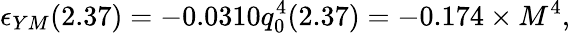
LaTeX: \epsilon_{YM}(2.37)=-0.0310q_{0}^{4}(2.37)=-0.174\times M^{4},